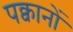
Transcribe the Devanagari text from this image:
पक्वानों